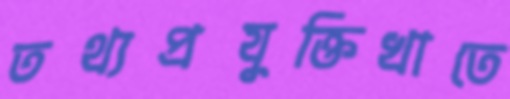
তথ্যপ্রযুক্তিখাতে